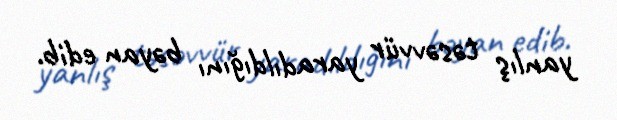
yanlış təsəvvür yaradıldığını bəyan edib.